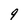
Character: 9